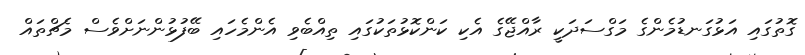
ގޮތުގައި އަޅުގަނޑުމެންގެ މަގްސަދަކީ ރާއްޖޭގެ އެކި ކަންކޮޅުތަކުގައި ތިއްބެވި އެންމެހައި ބޭފުޅުންނަށްވެސް މެޗްތައް